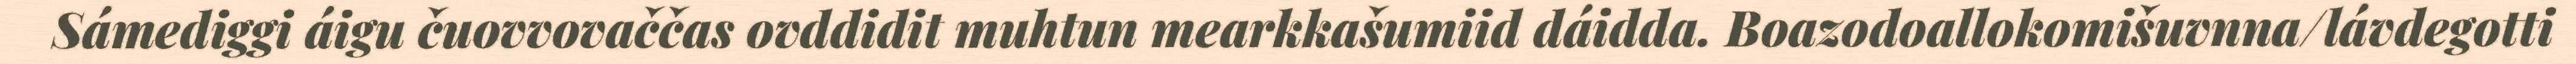
Sámediggi áigu čuovvovaččas ovddidit muhtun mearkkašumiid dáidda. Boazodoallokomišuvnna/lávdegotti